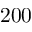
2 0 0